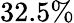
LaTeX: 32.5\%